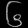
Digit: ၆